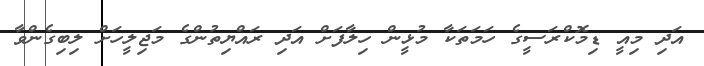
އަދި މިއީ ޑިމޮކްރަސީގެ ހަމަތަކާ މުޅީން ހިލާފަށް އަދި ރައްޔިތުންގެ މަޖިލީހަށް ލިބިގެންވާ